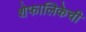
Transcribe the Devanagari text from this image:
शेफालिकेची